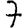
Digit: 7